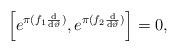
LaTeX: \begin{align*}\left[e^{\pi(f_1\frac{\rm d}{{\rm d}\vartheta})} , e^{\pi(f_2\frac{\rm d}{{\rm d}\vartheta})}\right]=0,\end{align*}